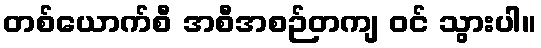
တစ်ယောက်စီ အစီအစဉ်တကျ ဝင် သွားပါ။